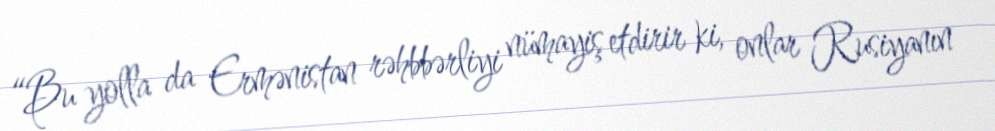
“Bu yolla da Ermənistan rəhbbərliyi nümayiş etdirir ki, onlar Rusiyanın